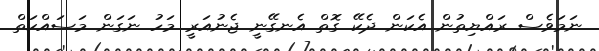
ނަމަވެސް ރައްޔިތުން އެކަން ދެކޭ ގޮތް އެނގޭނީ ޖެނުއަރީ މަހު ނަގަން މަސައްކަތް